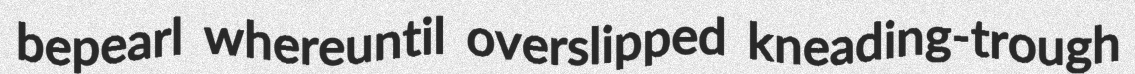
bepearl whereuntil overslipped kneading-trough